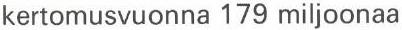
kertomusvuonna 179 miljoonaa